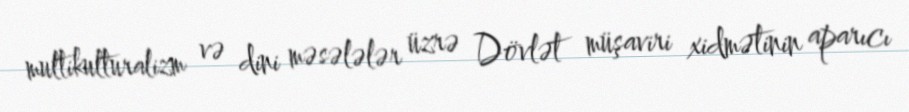
multikulturalizm və dini məsələlər üzrə Dövlət müşaviri xidmətinin aparıcı